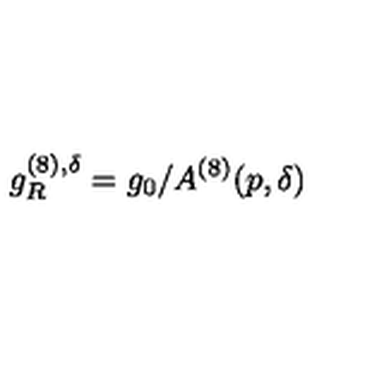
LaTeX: g _ { R } ^ { ( 8 ) , \delta } = g _ { 0 } / A ^ { ( 8 ) } ( p , \delta )